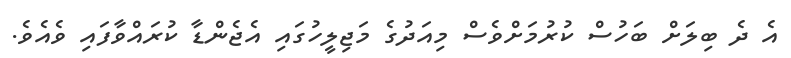
އެ ދެ ބިލަށް ބަހުސް ކުރުމަށްވެސް މިއަދުގެ މަޖިލީހުގައި އެޖެންޑާ ކުރައްވާފައި ވެއެވެ.